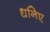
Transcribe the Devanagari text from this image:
धनिए